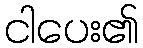
ငါပေး၏